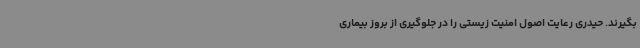
بگیرند. حیدری رعایت اصول امنیت زیستی را در جلوگیری از بروز بیماری